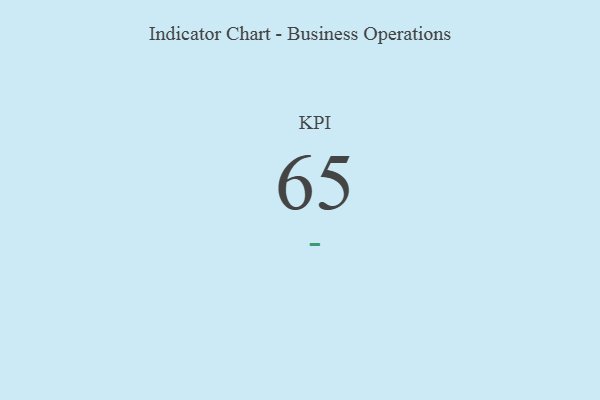
{"axis": {"x": "KPI", "y": "Value"}, "legend": [""], "data": [{"x": "KPI", "y": 65, "type": ""}]}